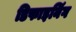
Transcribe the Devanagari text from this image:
डिफाइनिंग